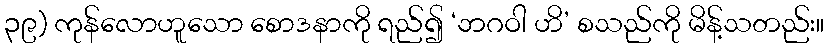
၃၉) ကုန်လောဟူသော စောဒနာကို ရည်၍ ‘ဘဂဝါ ဟိ’ စသည်ကို မိန့်သတည်း။